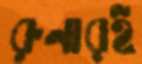
রুনারই